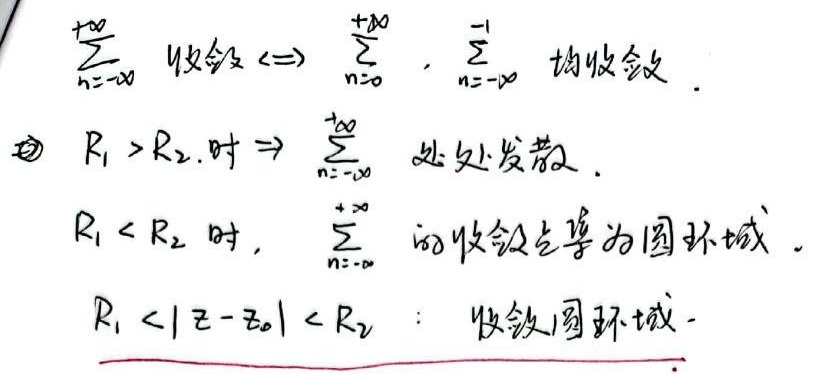
\(\sum_{n = -\infty}^{+\infty}\) 收敛 \(\Leftrightarrow\) \(\sum_{n = 0}^{+\infty}\)，\(\sum_{n = -\infty}^{- 1}\) 均收敛.
\textcircled{2} \(R_{1}>R_{2}\) 时 \(\Rightarrow\) \(\sum_{n = -\infty}^{+\infty}\) 处处发散.
\(R_{1}<R_{2}\) 时，\(\sum_{n = -\infty}^{+\infty}\) 的收敛点集为圆环域.
\(R_{1}<|z - z_{0}|<R_{2}\)：收敛圆环域.